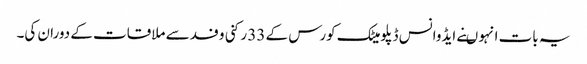
یہ بات انہو ںنے ایڈوانس ڈپلومیٹک کورس کے 33 رکنی وفد سے ملاقات کے دوران کی۔